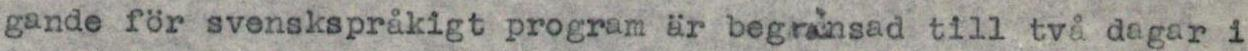
gande för svenskspråkigt program är begränsad till två dagar i